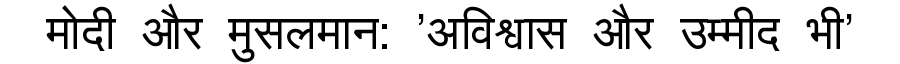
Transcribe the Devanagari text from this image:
मोदी और मुसलमान: 'अविश्वास और उम्मीद भी'